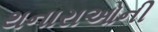
થનારાઓની